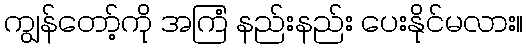
ကျွန်တော့်ကို အကြံ နည်းနည်း ပေးနိုင်မလား။